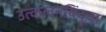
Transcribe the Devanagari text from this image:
उत्कलनबिंदूचा